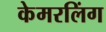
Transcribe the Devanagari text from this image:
केमरलिंग